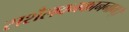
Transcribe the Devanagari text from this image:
सशैलवनकाननाम्।